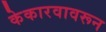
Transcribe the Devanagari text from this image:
केकारवावरून